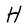
Character: H